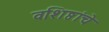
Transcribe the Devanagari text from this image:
वशिष्ठांचे